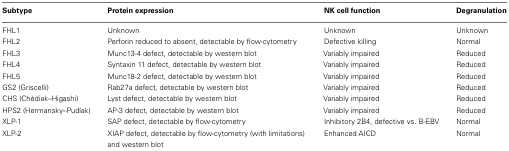
<table><thead><tr><td><b>Subtype</b></td><td><b>Protein expression</b></td><td><b>NK cell function</b></td><td><b>Degranulation</b></td></tr></thead><tbody><tr><td>FHL1</td><td>Unknown</td><td>Unknown</td><td>Unknown</td></tr><tr><td>FHL2</td><td>Perforin reduced to absent, detectable by flow-cytometry</td><td>Defective killing</td><td>Normal</td></tr><tr><td>FHL3</td><td>Munc13-4 defect, detectable by western blot</td><td>Variably impaired</td><td>Reduced</td></tr><tr><td>FHL4</td><td>Syntaxin 11 defect, detectable by western blot</td><td>Variably impaired</td><td>Reduced</td></tr><tr><td>FHL5</td><td>Munc18-2 defect, detectable by western blot</td><td>Variably impaired</td><td>Reduced</td></tr><tr><td>GS2 (Griscelli)</td><td>Rab27a defect, detectable by western blot</td><td>Variably impaired</td><td>Reduced</td></tr><tr><td>CHS (Chédiak–Higashi)</td><td>Lyst defect, detectable by western blot</td><td>Variably impaired</td><td>Reduced</td></tr><tr><td>HPS2 (Hermansky–Pudlak)</td><td>AP-3 defect, detectable by western blot</td><td>Variably impaired</td><td>Reduced</td></tr><tr><td>XLP-1</td><td>SAP defect, detectable by flow-cytometry</td><td>Inhibitory 2B4, defective vs. B-EBV</td><td>Normal</td></tr><tr><td>XLP-2</td><td>XIAP defect, detectable by flow-cytometry (with limitations) and western blot</td><td>Enhanced AICD</td><td>Normal</td></tr></tbody></table>